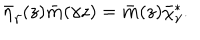
LaTeX: \bar { \eta } _ { \gamma } ( z ) { \bf \bar { m } } ( \gamma z ) = { \bf \bar { m } } ( z ) \bar { \chi } _ { \gamma } ^ { * } .